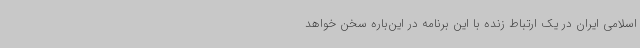
اسلامی ایران در یک ارتباط زنده با این برنامه در این‌باره سخن خواهد